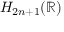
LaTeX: H _ { 2 n + 1 } ( \mathbb { R } )